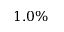
1 . 0 \%